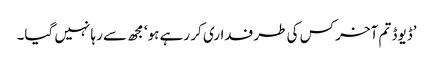
’ڈیوڈ تم آخر کس کی طرفداری کر رہے ہو‘ مجھ سے رہا نہیں گیا۔